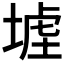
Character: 𡎪